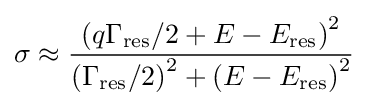
\sigma \approx {\frac {\left(q\Gamma _{\mathrm {res} }/2+E-E_{\mathrm {res} }\right)^{2}}{\left(\Gamma _{\mathrm {res} }/2\right)^{2}+\left(E-E_{\mathrm {res} }\right)^{2}}}